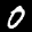
Label: 0